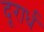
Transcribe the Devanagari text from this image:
दूरार्ध